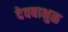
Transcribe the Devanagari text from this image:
देवबाभुळ